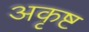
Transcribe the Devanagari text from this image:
अकृष्ट